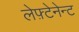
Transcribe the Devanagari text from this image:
लेफ़्टेनेन्ट